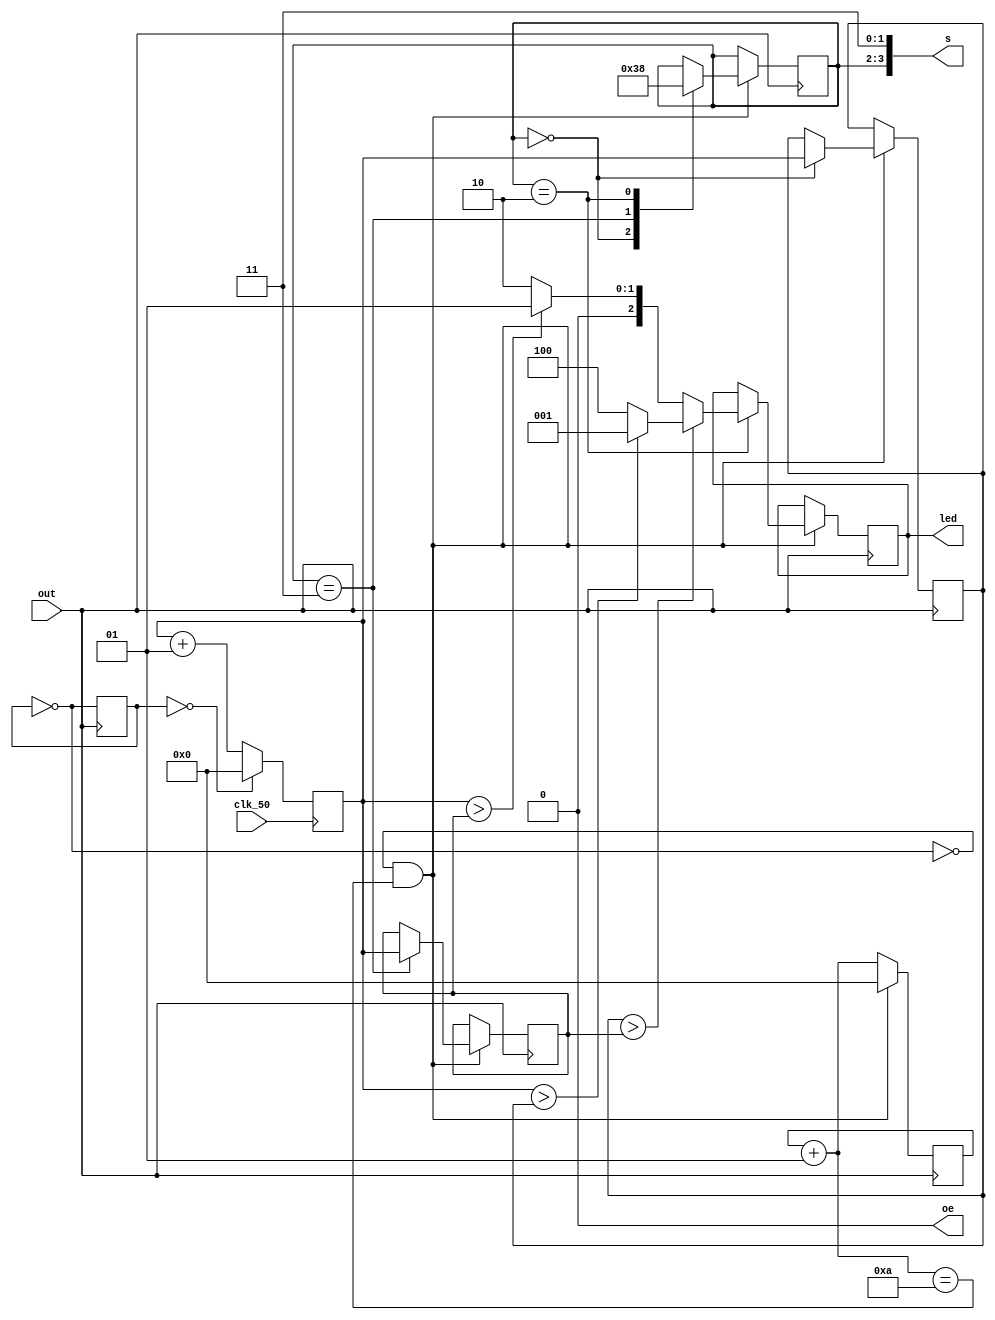
//red:https://wallpaperaccess.com/full/343670.png
//green:https://eskipaper.com/images/cool-green-wallpaper-1.jpg
//blue:https://wallpaperaccess.com/full/537582.jpg

module color_sensor(
	input clk_50,
	input out,
	output [2:0]led,
	output [3:0]s,
	output oe
);

assign s[1:0]=2'b11;
assign oe=1'b0;

integer rst=0;
reg [31:0] ar,ag,ab;
reg [2:0]l=3'b111;
integer count=0;
integer stop=0;
reg [1:0]c=2'b00;

always @(negedge out)
	begin
		stop=stop+1;
		rst=~rst;
		if ((rst==0)&&(stop==10))
			begin
				stop=0;
				case (c)
					2'b00:	
						begin 
							ar=count;
							c=2'b11;
						end
					2'b11:
						begin
							ag=count;
							c=2'b10;
						end	
					2'b10:	
						begin
							ab=count;
							c=2'b00;
							if (ar>ag)
								begin
									if (ab>ar)
										l=3'b001;
									else
										l=3'b100;
								end
							else
								begin 
									if (ab>ag)
										l=3'b001;
									else
										l=3'b010;
								end
						end
				endcase
			end
	end
	assign led=l;
	assign s[3:2]=c;
	

always @(negedge clk_50)
	begin
		if (rst==0)
			count=0;
		else
			count=count+1;
	end

endmodule